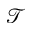
\mathcal { T }